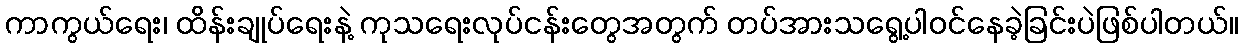
ကာကွယ်ရေး၊ ထိန်းချုပ်ရေးနဲ့ ကုသရေးလုပ်ငန်းတွေအတွက် တပ်အားသရွေ့ပါဝင်နေခဲ့ခြင်းပဲဖြစ်ပါတယ်။